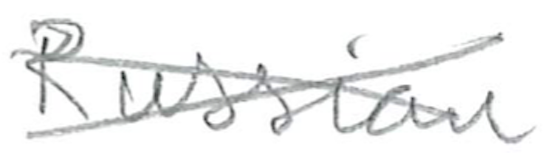
Text: Russian
Cross-out: mix
Writing tool: pencil